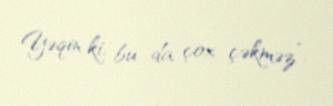
Yəqin ki, bu da çox çəkməz”.